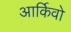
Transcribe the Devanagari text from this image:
आर्किवो